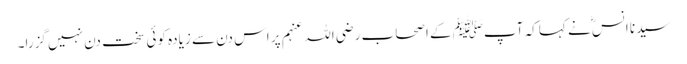
سیدنا انسؓ نے کہا کہ آپﷺ کے اصحاب رضی اللہ عنہم پر اس دن سے زیادہ کوئی سخت دن نہیں گزرا۔